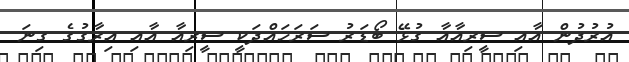
އުރުދުން އާއި ސީރިއާއާ ގުޅޭ ބޯޑަރު ސަރަހައްދަކީ ސީރިއާ އާއި އިރާގުގެ ގިނަ